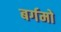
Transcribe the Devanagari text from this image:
बर्गमो